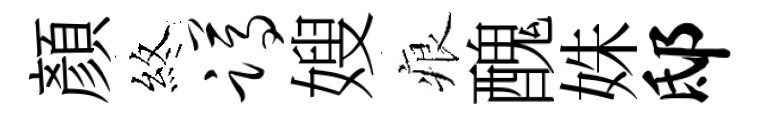
顏煞蹲嫂痕醜姝邸